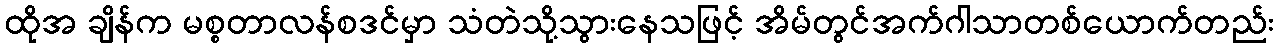
ထိုအ ချိန်က မစ္စတာလန်စဒင်မှာ သံတဲသို့သွားနေသဖြင့် အိမ်တွင်အက်ဂါသာတစ်ယောက်တည်း